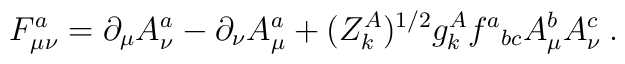
F^a_{\mu\nu} = \partial_\mu A^a_\nu - \partial_\nu A^a_\mu   + (Z^A_k)^{1/2} g^A_k f^a{}_{bc}A^b_\mu A^c_\nu \:.